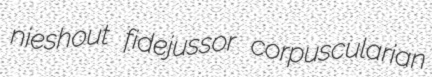
nieshout fidejussor corpuscularian